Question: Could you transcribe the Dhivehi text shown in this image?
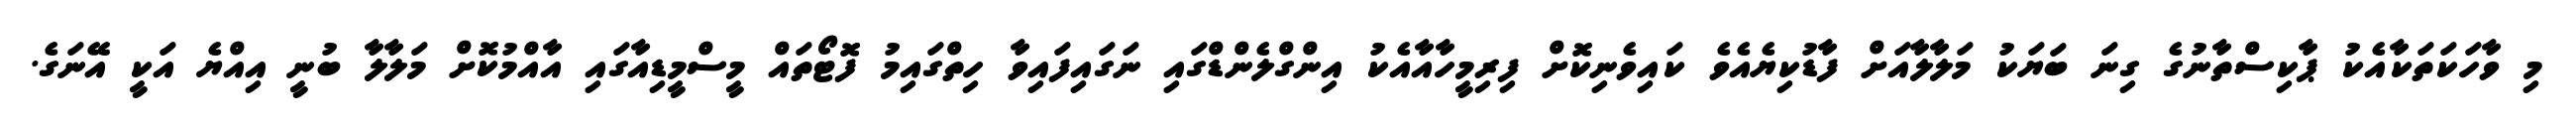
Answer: މި ވާހަކަތަކާއެކު ޕާކިސްތާނުގެ ގިނަ ބަޔަކު މަލާލާއަށް ފާޑުކިޔެއެވެ ކައިވެނިކޮށް ފިރިމީހާއާއެކު އިންގްލެންޑްގައި ނަގައިފައިވާ ހިތްގައިމު ފޮޓޯތައް މީސްމީޑިއާގައި އާއްމުކޮށް މަލާލާ ބުނީ އިއްޔެ އަކީ އޭނަގެ.